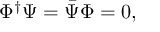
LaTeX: \Phi ^ { \dag } \Psi = { \bar { \Psi } } \Phi = 0 ,